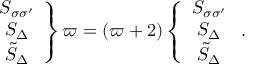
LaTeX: \left. \begin{array} { c c c } { { S _ { \sigma \sigma ^ { \prime } } \nonumber } } \\ { { S _ { \Delta } \nonumber } } \\ { { \tilde { S } _ { \Delta } } } \end{array} \right\} \varpi = ( \varpi + 2 ) \left\{ \begin{array} { c c c } { { S _ { \sigma \sigma ^ { \prime } } \nonumber } } \\ { { S _ { \Delta } \nonumber } } \\ { { \tilde { S } _ { \Delta } } } \end{array} \right. .